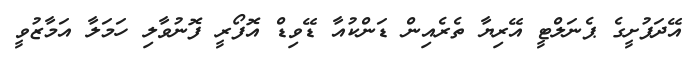
އޭދަފުށީގެ ޕެނަލްޓީ އޭރިޔާ ތެރެއިން ޑަންކުއާ ޑޭވިޑް އޮފޯރީ ފޮނުވާލި ހަމަލާ އަމާޒުވީ